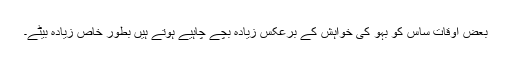
بعض اوقات ساس کو بہو کی خواہش کے برعکس زیادہ بچے چاہیے ہوتے ہیں بطور خاص زیادہ بیٹے۔